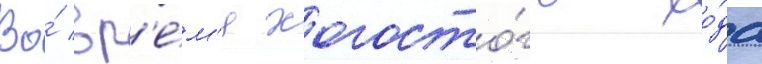
Во́ вр'е́м'я холосто́го хо́да